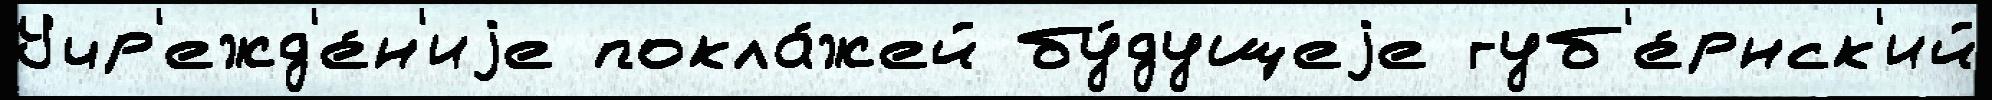
Учр'ежд'е́н'иjе покла́жей бу́дущеjе губ'е́рнск'ий